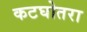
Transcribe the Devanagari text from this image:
कटघोतरा